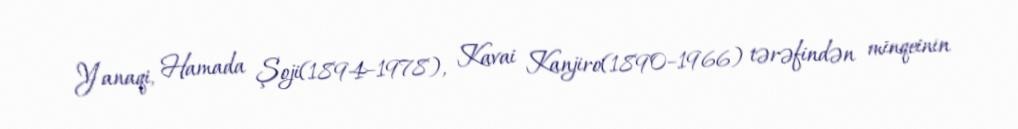
Yanaqi, Hamada Şoji(1894–1978), Kavai Kanjiro(1890–1966) tərəfindən minqeinin